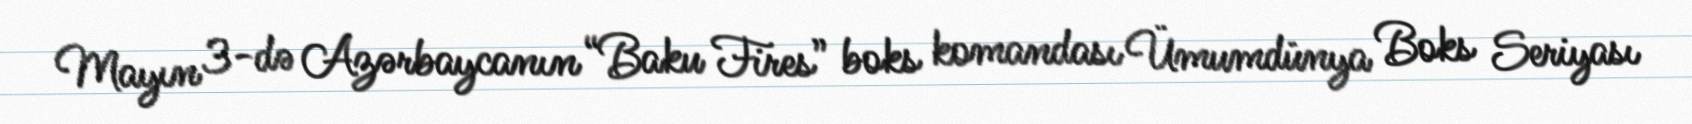
Mayın 3-də Azərbaycanın “Baku Fires” boks komandası Ümumdünya Boks Seriyası